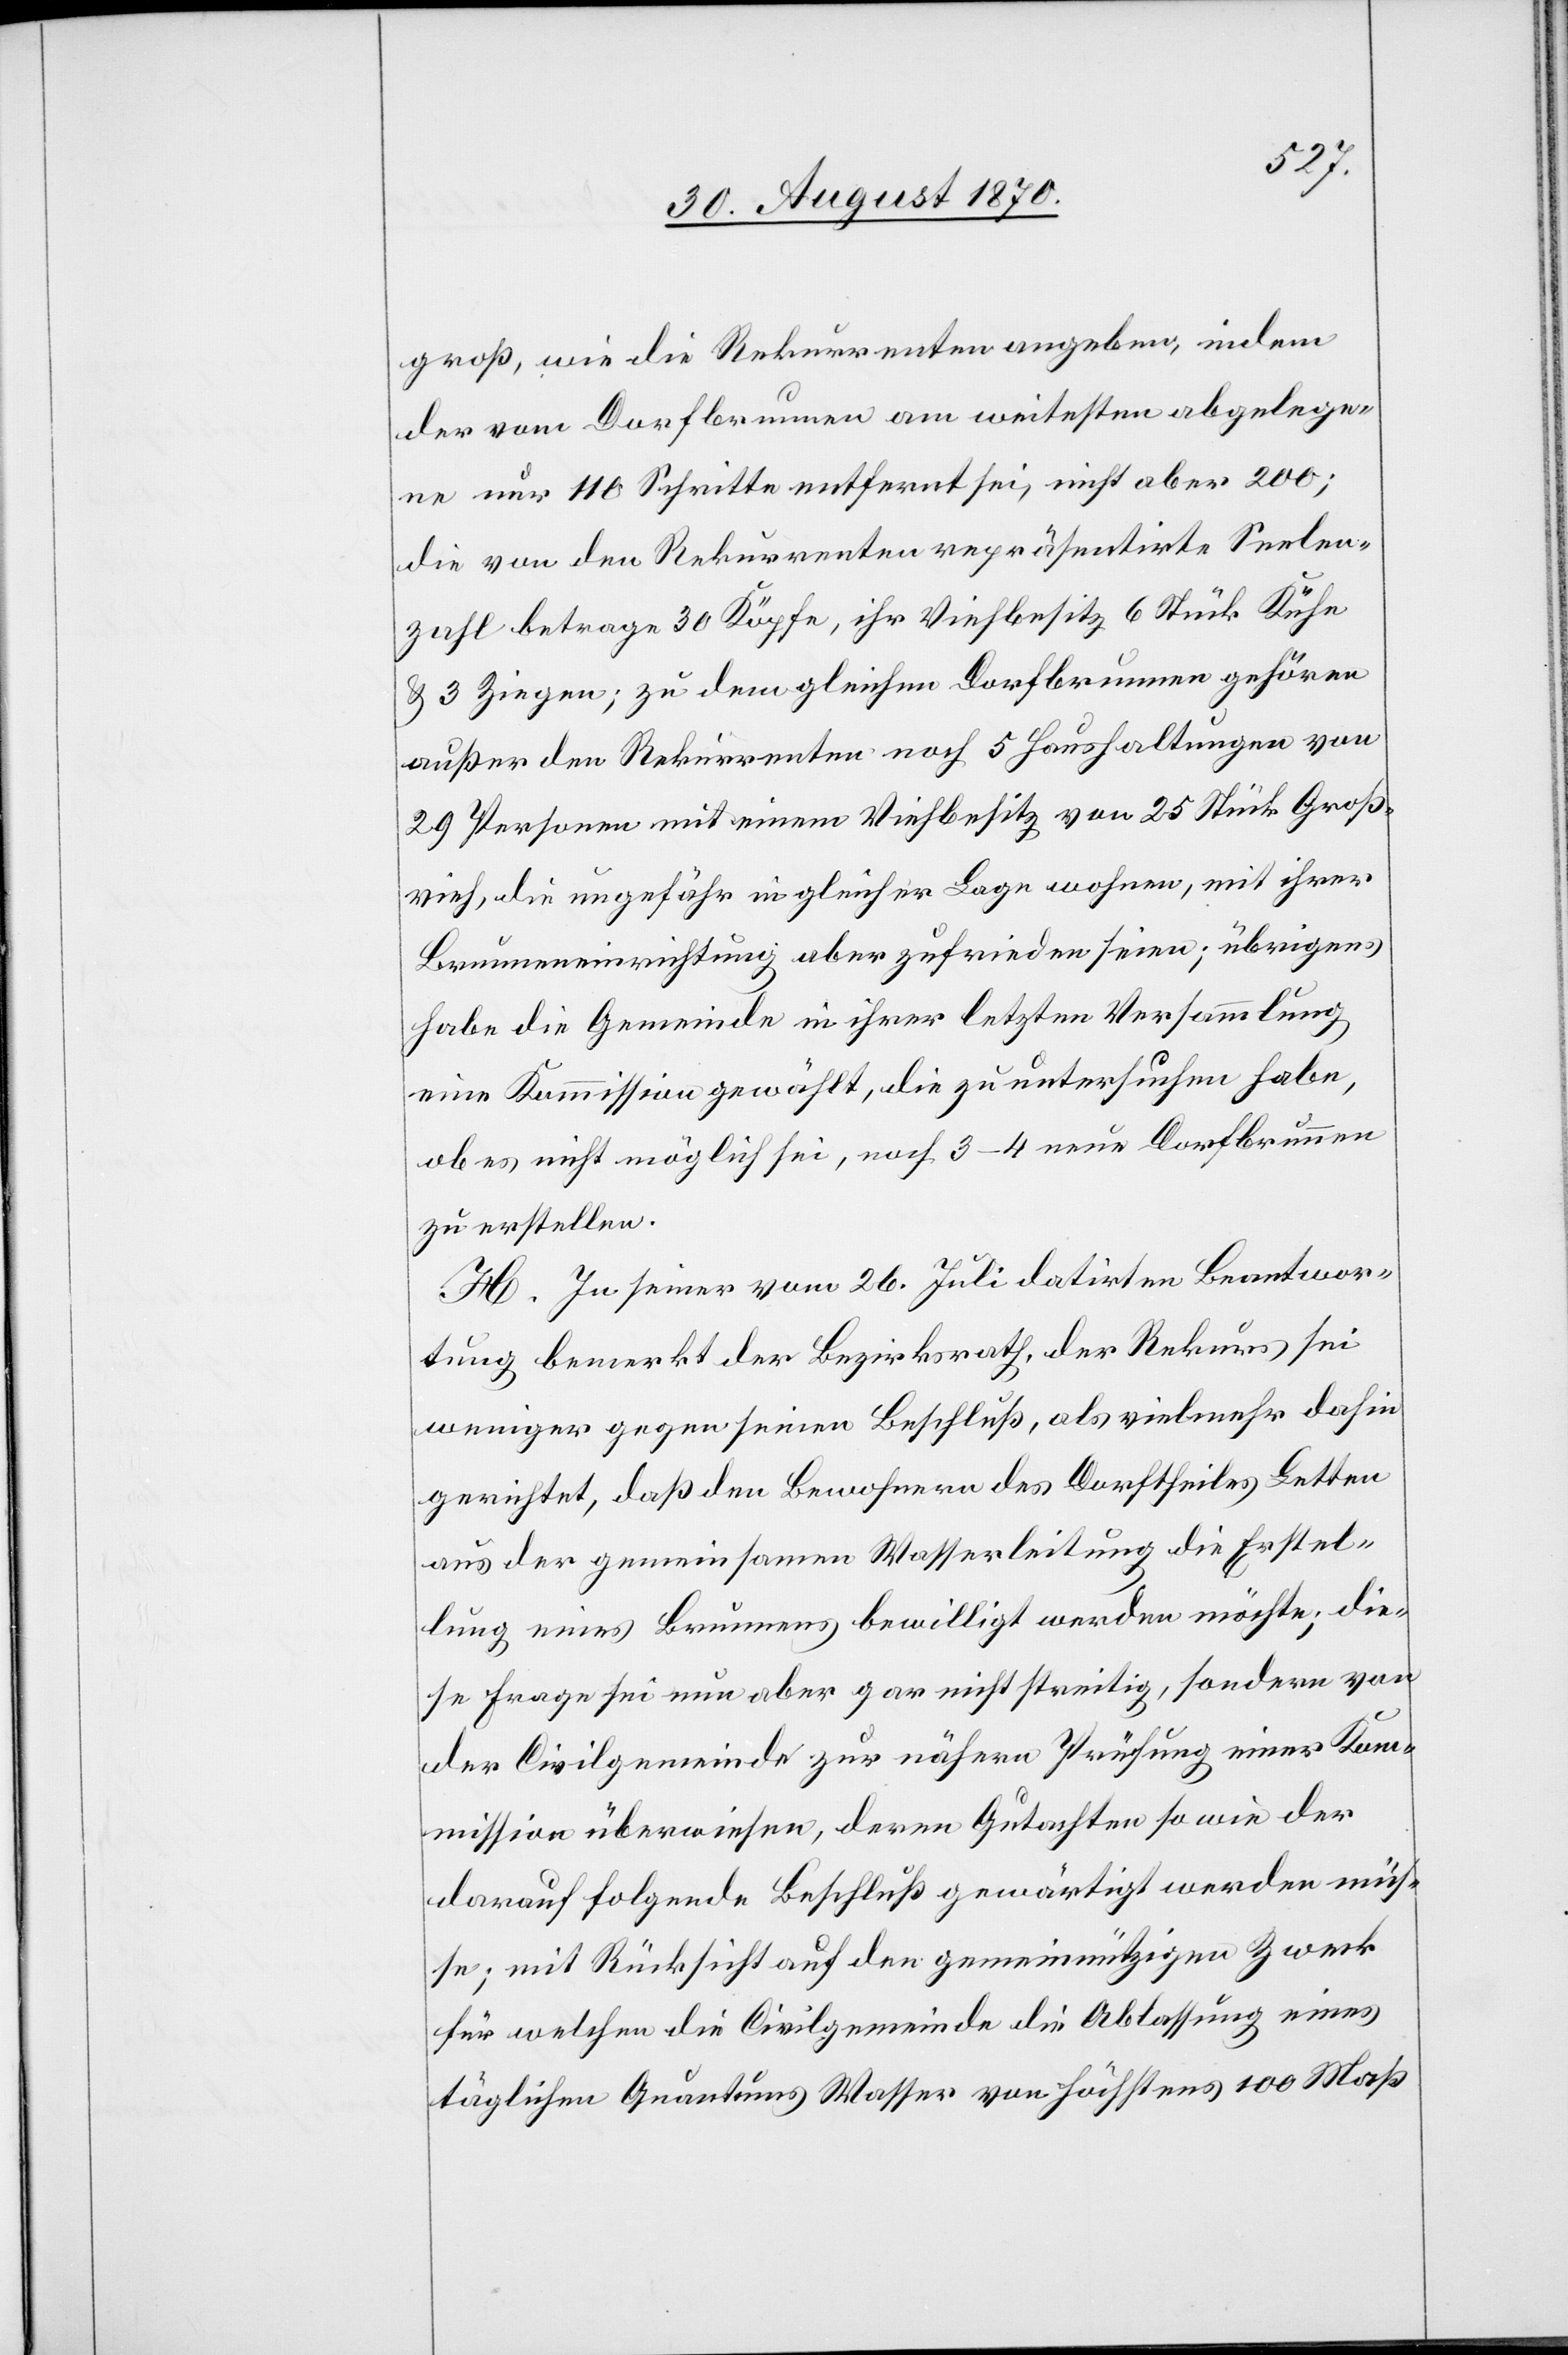
groß, wie die Rekurrenten angeben, indem
der vom Dorfbrunnen am weitesten abgelege¬
ne nur 110 Schritte entfernt sei, nicht aber 200;
die von den Rekurrenten repräsentirte Seelen¬
zahl betrage 30 Köpfe, ihr Viehbesitz 6 Stück Kühe
& 3 Ziegen; zu dem gleichen Dorfbrunnen gehören
außer den Rekurrenten noch 5 Haushaltungen von
29 Personen mit einem Viehbesitz von 25 Stück Groß¬
vieh, die ungefähr in gleicher Lage wohnen, mit ihrer
Brunneneinrichtung aber zufrieden seien; übrigens
habe die Gemeinde in ihrer letzten Versammlung
eine Kommission gewählt, die zu untersuchen habe,
ob es nicht möglich sei, noch 3–4 neue Dorfbrunnen
zu erstellen.
H. In seiner vom 26. Juli datirten Beantwor¬
tung bemerkt der Bezirksrath, der Rekurs sei
weniger gegen seinen Beschluß, als vielmehr dahin
gerichtet, daß den Bewohnern des Dorftheiles Letten
aus der gemeinsamen Wasserleitung die Erstel¬
lung eines Brunnens bewilligt werden möchte; die¬
se Frage sei nun aber gar nicht streitig, sondern von
der Civilgemeinde zur nähern Prüfung einer Kom¬
mission überwiesen, deren Gutachten so wie der
darauf folgende Beschluß gewärtigt werden müs¬
se; mit Rücksicht auf den gemeinnützigen Zweck
für welchen die Civilgemeinde die Ablassung eines
täglichen Quantums Wasser von höchstens 100 Maß